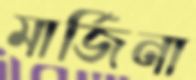
মার্জিনা